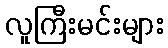
လူကြီးမင်းများ